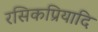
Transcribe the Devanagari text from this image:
रसिकप्रियादि